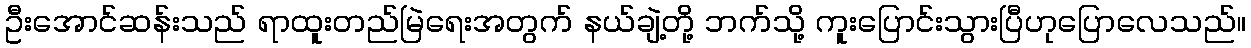
ဦးအောင်ဆန်းသည် ရာထူးတည်မြဲရေးအတွက် နယ်ချဲ့တို့ ဘက်သို့ ကူးပြောင်းသွားပြီဟုပြောလေသည်။